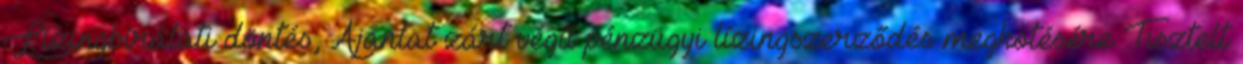
Lízingbírálati döntés, Ajánlat zárt végű pénzügyi lízingszerződés megkötésére Tisztelt